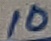
Text: 10